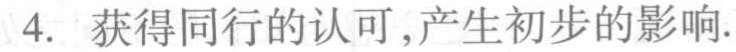
4. 获得同行的认可,产生初步的影响.